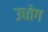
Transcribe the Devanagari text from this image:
उधाेग